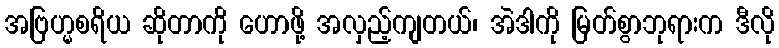
အဗြဟ္မစရိယ ဆိုတာကို ဟောဖို့ အလှည့်ကျတယ်၊ အဲဒါကို မြတ်စွာဘုရားက ဒီလို